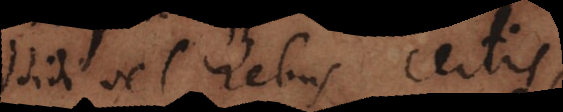
Addidi vel rebus certis,